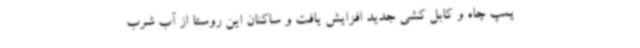
پمپ چاه و کابل کشی جدید افزایش یافت و ساکنان این روستا از آب شرب